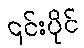
၎င်းပိုင်